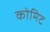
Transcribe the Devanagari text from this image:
कोमिट